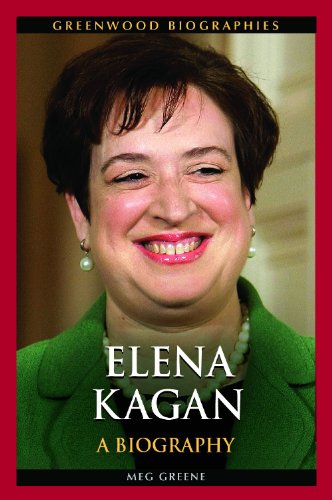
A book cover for Elena Kagan: A Biography (Greenwood Biographies); Meg Greene; Law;